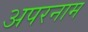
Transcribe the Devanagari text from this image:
अपरनाम